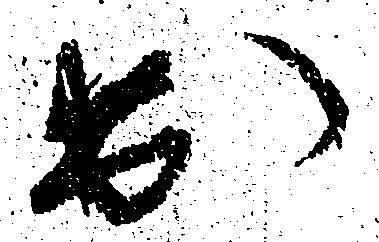
出